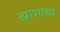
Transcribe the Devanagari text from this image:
खाशांचा